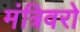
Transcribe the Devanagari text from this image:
मंत्रिवरो